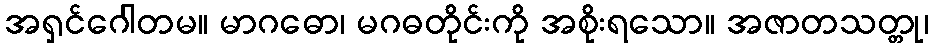
အရှင်ဂေါတမ။ မာဂဓော၊ မဂဓတိုင်းကို အစိုးရသော။ အဇာတသတ္တု၊